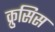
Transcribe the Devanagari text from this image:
क्रुसिस